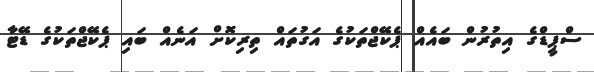
ސްޕީޑްގެ އިތުރުން ބައެއް ޕެކޭޖްތަކުގެ އަގުތައް ތިރިކޮށް އަނެއް ބައި ޕެކޭޖްތަކުގެ ޑޭޓާ